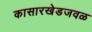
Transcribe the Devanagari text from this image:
कासारखेडजवळ